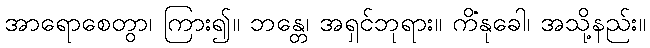
အာရောစေတွာ၊ ကြား၍။ ဘန္တေ၊ အရှင်ဘုရား။ ကိံနုခေါ၊ အသို့နည်း။